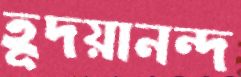
হূদয়ানন্দ